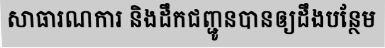
សាធារណការ និងដឹកជញ្ជូនបានឲ្យដឹងបន្ថែម